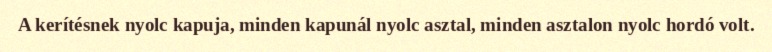
A kerítésnek nyolc kapuja, minden kapunál nyolc asztal, minden asztalon nyolc hordó volt.